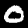
Label: 0